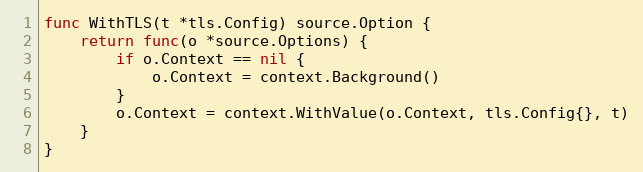
Language: Go
func WithTLS(t *tls.Config) source.Option {
	return func(o *source.Options) {
		if o.Context == nil {
			o.Context = context.Background()
		}
		o.Context = context.WithValue(o.Context, tls.Config{}, t)
	}
}